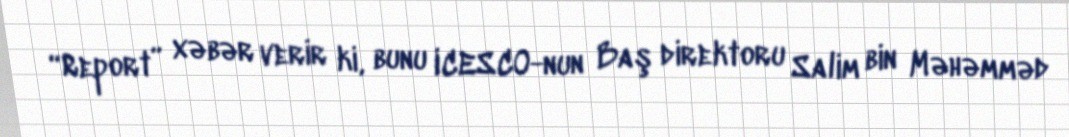
“Report” xəbər verir ki, bunu ICESCO-nun Baş direktoru Salim bin Məhəmməd